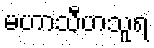
မဟာသီဟသူရ